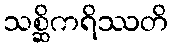
သစ္ဆိကရိဿတိ